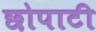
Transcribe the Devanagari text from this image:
छोपाटी